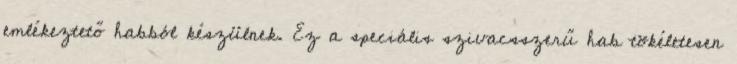
emlékeztető habból készülnek. Ez a speciális szivacsszerű hab tökéletesen